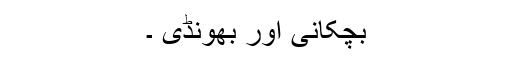
بچکانی اور بھونڈی ۔